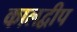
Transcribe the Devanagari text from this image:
कालद्वीप